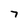
Character: 7